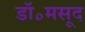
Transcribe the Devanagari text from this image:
डॉ॰मसूद